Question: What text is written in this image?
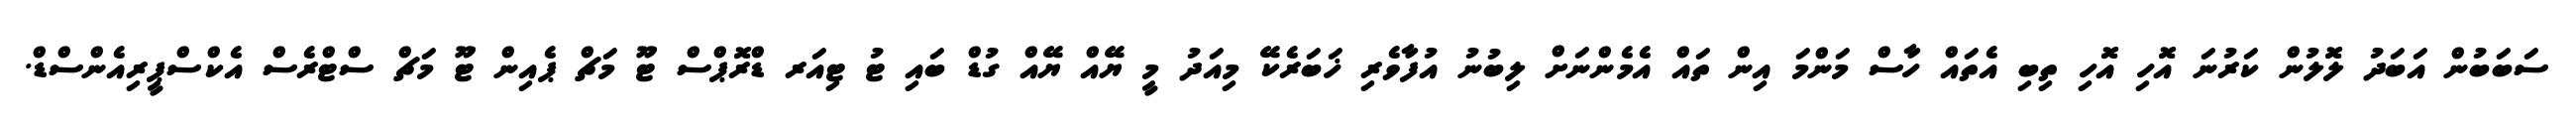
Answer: ސަބަބުން އަބަދު ލޮލުން ކަރުނަ އޮހި އޮހި ތިބި އެތައް ހާސް މަންމަ އިން ތައް އެމެންނަށް ލިބުނު އުފާވެރި ޚަބަރެކޭ މިއަދު މީ ޔޭއް ޔޭއް ގުޑް ބައި ޓު ޓިއަރ ޑްރޮޕްސް ޓޫ މަޗް ޕެއިން ޓޫ މަޗް ސްޓްރެސް އެކްސްޕީރިއެންސްޑް.